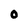
Character: O